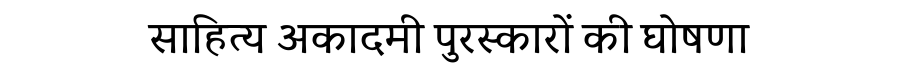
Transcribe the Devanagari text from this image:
साहित्य अकादमी पुरस्कारों की घोषणा